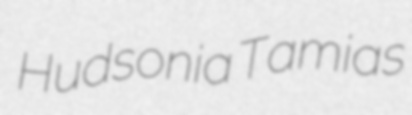
Hudsonia Tamias